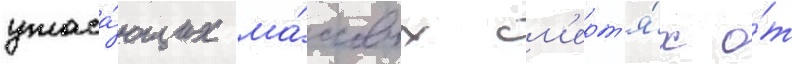
ужаса́ющих ма́ссовых см'ерт'я́х о́т